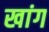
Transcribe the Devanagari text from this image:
खांग